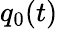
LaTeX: q_{0}(t)